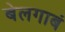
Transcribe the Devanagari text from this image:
बेलगाबं